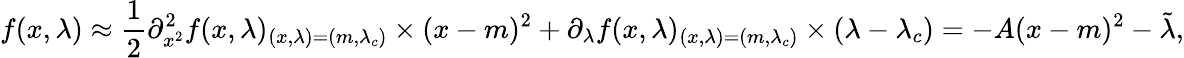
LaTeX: f(x,\lambda)\approx\frac{1}{2}\partial_{x^{2}}^{2}f(x,\lambda)_{(x,\lambda)=(m,\lambda_{c})}\times(x-m)^{2}+\partial_{\lambda}f(x,\lambda)_{(x,\lambda)=(m,\lambda_{c})}\times(\lambda-\lambda_{c})=-A(x-m)^{2}-\tilde{\lambda},